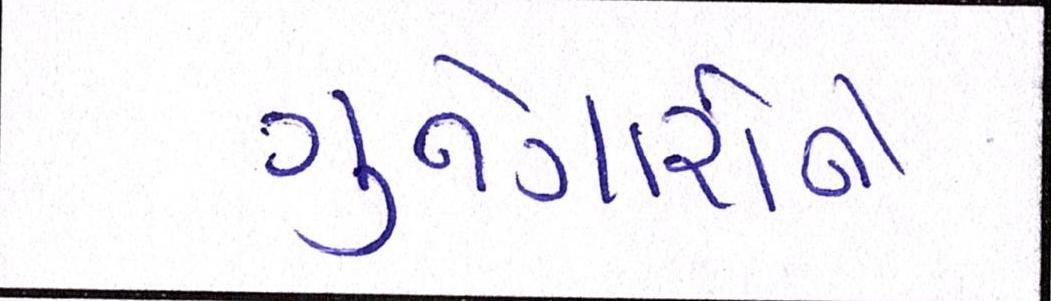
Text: ગુનેગારોને